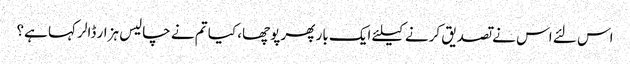
اس لئے اس نے تصدیق کرنے کیلئے ایک بار پھر پوچھا، کیا تم نے چالیس ہزار ڈالر کہا ہے؟